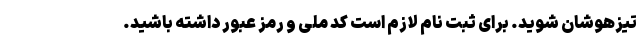
تیزهوشان شوید. برای ثبت نام لازم است کد ملی و رمز عبور داشته باشید.